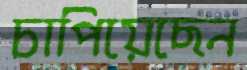
চাপিয়েছেন